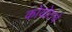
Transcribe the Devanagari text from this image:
कोयोटचे